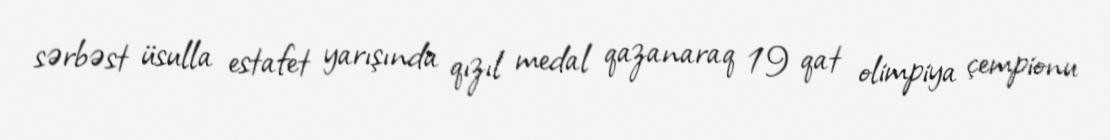
sərbəst üsulla estafet yarışında qızıl medal qazanaraq 19 qat olimpiya çempionu